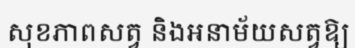
សុខភាពសត្វ និងអនាម័យសត្វឱ្យ